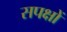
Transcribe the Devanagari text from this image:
सपक्षों